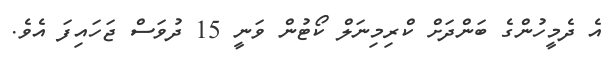
އެ ދެމީހުންގެ ބަންދަށް ކްރިމިނަލް ކޯޓުން ވަނީ 15 ދުވަސް ޖަހައިފަ އެވެ.